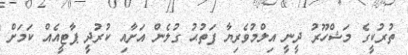
ތުރުކީގެ މަޝްހޫރު ދީނީ އިލްމުވެރިޔާ ފަތުޙު ގުލެން އަށާއި ކުރުދީ ޕާޓީއެއް ކަމަށް